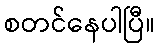
စတင်နေပါပြီ။